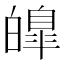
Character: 皥